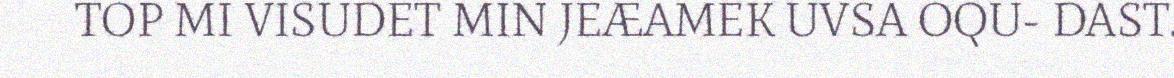
TOP MI VISUDET MIN JEÆAMEK UVSA OQU- DAST.